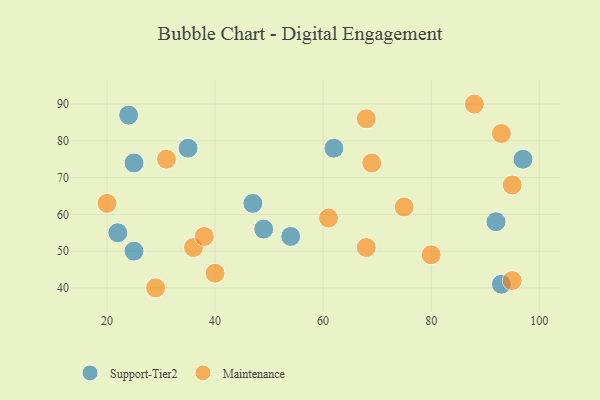
{"axis": {"x": "GDP", "y": "Life Expectancy"}, "legend": ["Maintenance", "Support-Tier2"], "data": [{"x": "54", "y": 54, "type": "Support-Tier2"}, {"x": "35", "y": 78, "type": "Support-Tier2"}, {"x": "93", "y": 41, "type": "Support-Tier2"}, {"x": "62", "y": 78, "type": "Support-Tier2"}, {"x": "25", "y": 50, "type": "Support-Tier2"}, {"x": "47", "y": 63, "type": "Support-Tier2"}, {"x": "22", "y": 55, "type": "Support-Tier2"}, {"x": "97", "y": 75, "type": "Support-Tier2"}, {"x": "24", "y": 87, "type": "Support-Tier2"}, {"x": "49", "y": 56, "type": "Support-Tier2"}, {"x": "25", "y": 74, "type": "Support-Tier2"}, {"x": "92", "y": 58, "type": "Support-Tier2"}, {"x": "68", "y": 51, "type": "Maintenance"}, {"x": "88", "y": 90, "type": "Maintenance"}, {"x": "95", "y": 42, "type": "Maintenance"}, {"x": "95", "y": 68, "type": "Maintenance"}, {"x": "31", "y": 75, "type": "Maintenance"}, {"x": "20", "y": 63, "type": "Maintenance"}, {"x": "36", "y": 51, "type": "Maintenance"}, {"x": "38", "y": 54, "type": "Maintenance"}, {"x": "40", "y": 44, "type": "Maintenance"}, {"x": "29", "y": 40, "type": "Maintenance"}, {"x": "93", "y": 82, "type": "Maintenance"}, {"x": "80", "y": 49, "type": "Maintenance"}, {"x": "61", "y": 59, "type": "Maintenance"}, {"x": "69", "y": 74, "type": "Maintenance"}, {"x": "75", "y": 62, "type": "Maintenance"}, {"x": "68", "y": 86, "type": "Maintenance"}]}